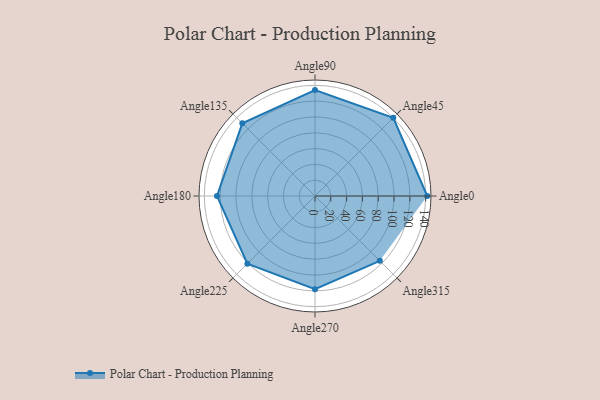
{"axis": {"x": "Angle", "y": "Radius"}, "legend": [""], "data": [{"x": "Angle0", "y": 142.0, "type": ""}, {"x": "Angle45", "y": 140.0, "type": ""}, {"x": "Angle90", "y": 134.0, "type": ""}, {"x": "Angle135", "y": 130.0, "type": ""}, {"x": "Angle180", "y": 124.0, "type": ""}, {"x": "Angle225", "y": 121.0, "type": ""}, {"x": "Angle270", "y": 118.0, "type": ""}, {"x": "Angle315", "y": 116.0, "type": ""}]}